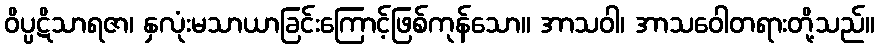
ဝိပ္ပဋိသာရဇာ၊ နှလုံးမသာယာခြင်းကြောင့်ဖြစ်ကုန်သော။ အာသဝါ၊ အာသဝေါတရားတို့သည်။